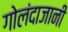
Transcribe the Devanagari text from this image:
गोलंदाजानी